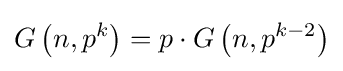
G\left(n,p^{k}\right)=p\cdot G\left(n,p^{k-2}\right)